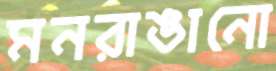
মনরাঙানো